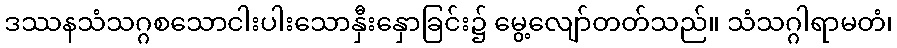
ဒဿနသံသဂ္ဂစသောငါးပါးသောနှီးနှောခြင်း၌ မွေ့လျော်တတ်သည်။ သံသဂ္ဂါရာမတံ၊